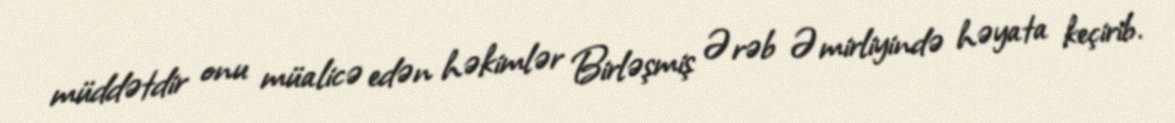
müddətdir onu müalicə edən həkimlər Birləşmiş Ərəb Əmirliyində həyata keçirib.